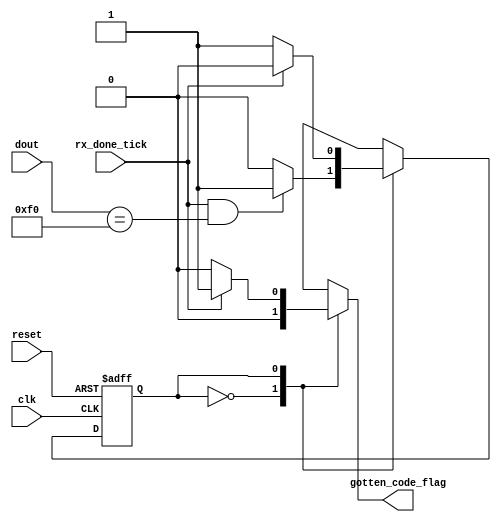
module identificador_teclas
(
input wire clk, reset,
input wire rx_done_tick,
input wire [7:0] dout,//Utilizar solo los bits que realmente contienen el cdigo de la tecla
output reg gotten_code_flag //Bandera para actualizar el FIFO
);

//Declaracin de constantes
localparam break_code = 8'hF0;

//Declaracin simblica de estados
localparam wait_break_code = 1'b0;
localparam get_code = 1'b1;

//Declaracin de seales
reg state_next, state_reg;

//=================================================
// FSM
//=================================================

// Estado FSM y registros de datos

always @(posedge clk, posedge reset)
	if (reset)
		state_reg <= wait_break_code;
	else
		state_reg <= state_next;
		
// Lgica de siguiente estado siguiente de la FSM
always @*
begin
	gotten_code_flag = 1'b0;
	state_next = state_reg;
	case (state_reg)
		wait_break_code:  // Espera "break code"
			if (rx_done_tick == 1'b1 && dout == break_code)
				state_next = get_code;
		get_code:  // Obtener el prximo cdigo
			if (rx_done_tick)
				begin
					gotten_code_flag =1'b1;
					state_next = wait_break_code;
				end
	endcase
end
		
endmodule